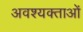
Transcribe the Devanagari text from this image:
अवश्यक्ताओं